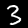
Label: 3